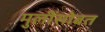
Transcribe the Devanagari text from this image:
मुलींसोबत